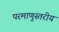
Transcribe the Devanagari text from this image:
परमाणुस्तरीय